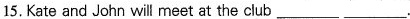
15.Kate and John wil meet at the cub___ ___.